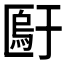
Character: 𫧙